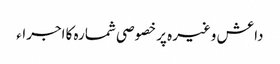
داعش وغیرہ پر خصوصی شمارہ کا اجراء